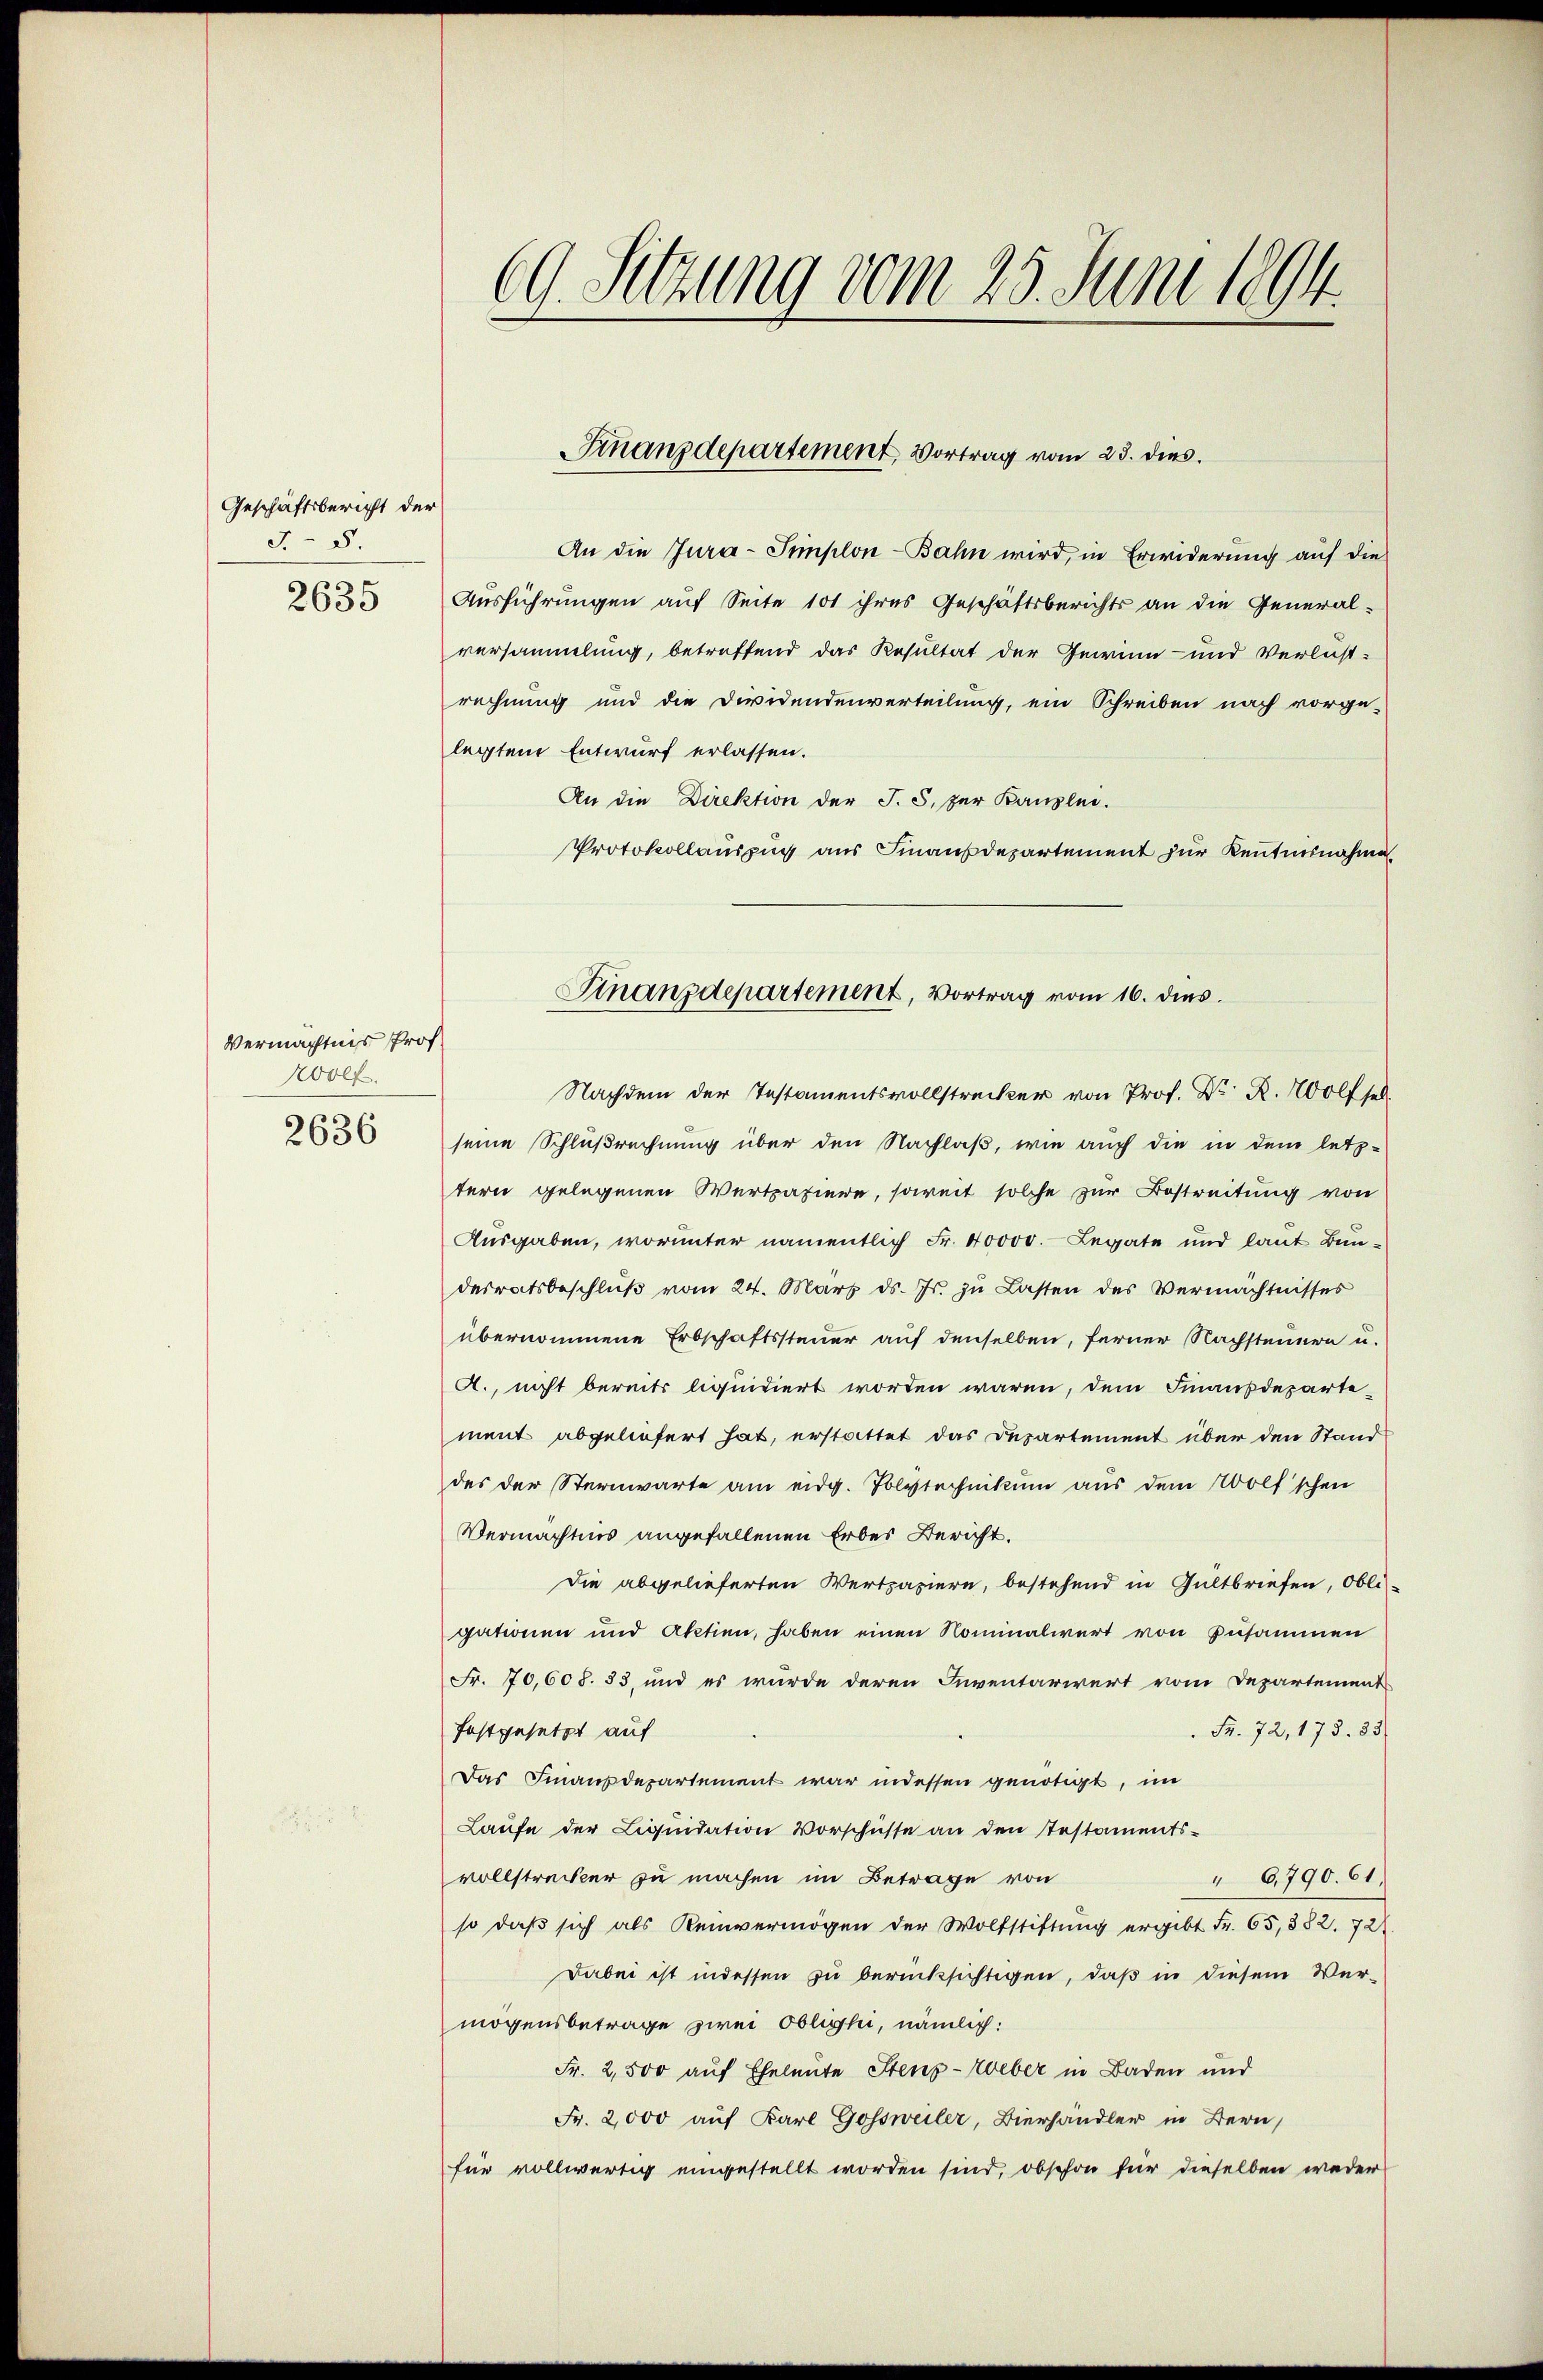
Geschäftsbericht der
F. - 5.

2635

Vermächtnis Prof.
Wolf.
2636

G. Sitzung vom 25. Juni 1894.

An die Jura-Simplon-Bahn wird, in Erwiderung auf die
Ausführungen auf Seite 101 ihres Geschäftsberichts an die Generalversammlung, betreffend das Resultat der Gewinn- und Verlustrechnung und die Dividendenverteilung, ein Schreiben nach vorge-
legtem Entwurf erlassen.
An die Direktion der J. S. zur Kanzlei.
Protokollauszug aus Finanzdepartement zur Kenntnisnahme
seine Schlußrechnung über den Nachlaß, wie auch die in dem letz-
tern gelegenen Wertpapiere, soweit solche zur Bestreitung von
Ausgaben, worunter namentlich Fr. 40000. Legate und laut Bendesratsbeschlŭβ vom 24. März ds. Js. zŭ Lasten des Vermächtnisses
übernommene Erbschaftssteuer auf denselben, ferner Nachsteuern u.
A., nicht bereits liquidiert worden waren, dem Finanzdeparte-
ment abgeliefert hat, erstattet das Departement über den Stand
des der Sternwarte am eidg. Polytechnikum aus dem Wolf'schen
Vermächtnis angefallenen Erbei Bericht.
die abgelieferten Wertpapiere, bestehend in Gultbriefen, Obli-
gationen und Aktien, haben einen Nominalwert von Zusammen
Fr. 70,608. 33, und es wurde deren Inventariert vom Departement
Fr. 72, 175. 35
festgesetzt auf
Das Finanzdepartement war indessen genötigt, im
Laufe der Liquidation Vorschüsse an den Testaments-
vollstrecker zu machen im Betrage von
" 6790. 61.
so daß sich als Reinvermögen der Wolfstiftung ergibt Fr. 65, 382. 722.
Dabei ist indessen zu berücksichtigen, daß in diesem Vermögensbetrage zwei Oblighi, nämlich:
Fr. 2,500 auf Eheleute Stenz-Weber in Baden und
Fr. 2,000 auf Karl Gossweiler, Bierhandler in Bern,
für vollwertig eingestellt worden sind, obschon für dieselben weder

Finanzdepartement, Vortrag vom 23. dies

Finanzdepartement, Vortrag vom 16. dies
Nachdem der Testamentsvollstrecker von Prof. Dr Rolf sel¬